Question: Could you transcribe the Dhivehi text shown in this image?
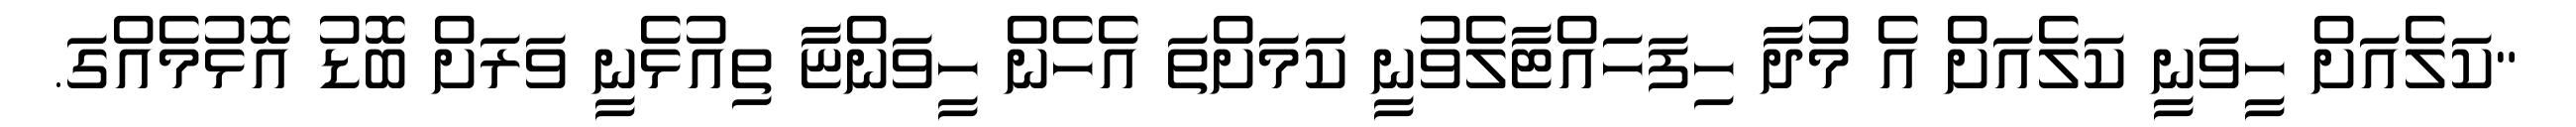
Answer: "ކަލެއަށް ހީވަނީ ކަލެއަށް އެ މުދާ ހިފަހައްޓާލެވުނީ ކަމަށްތަ އެހެން ހީވަންޏާ ތިއުޅެނީ ވަރަށް ބޮޑު އޮޅުމެއްގަ.